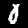
Label: 0